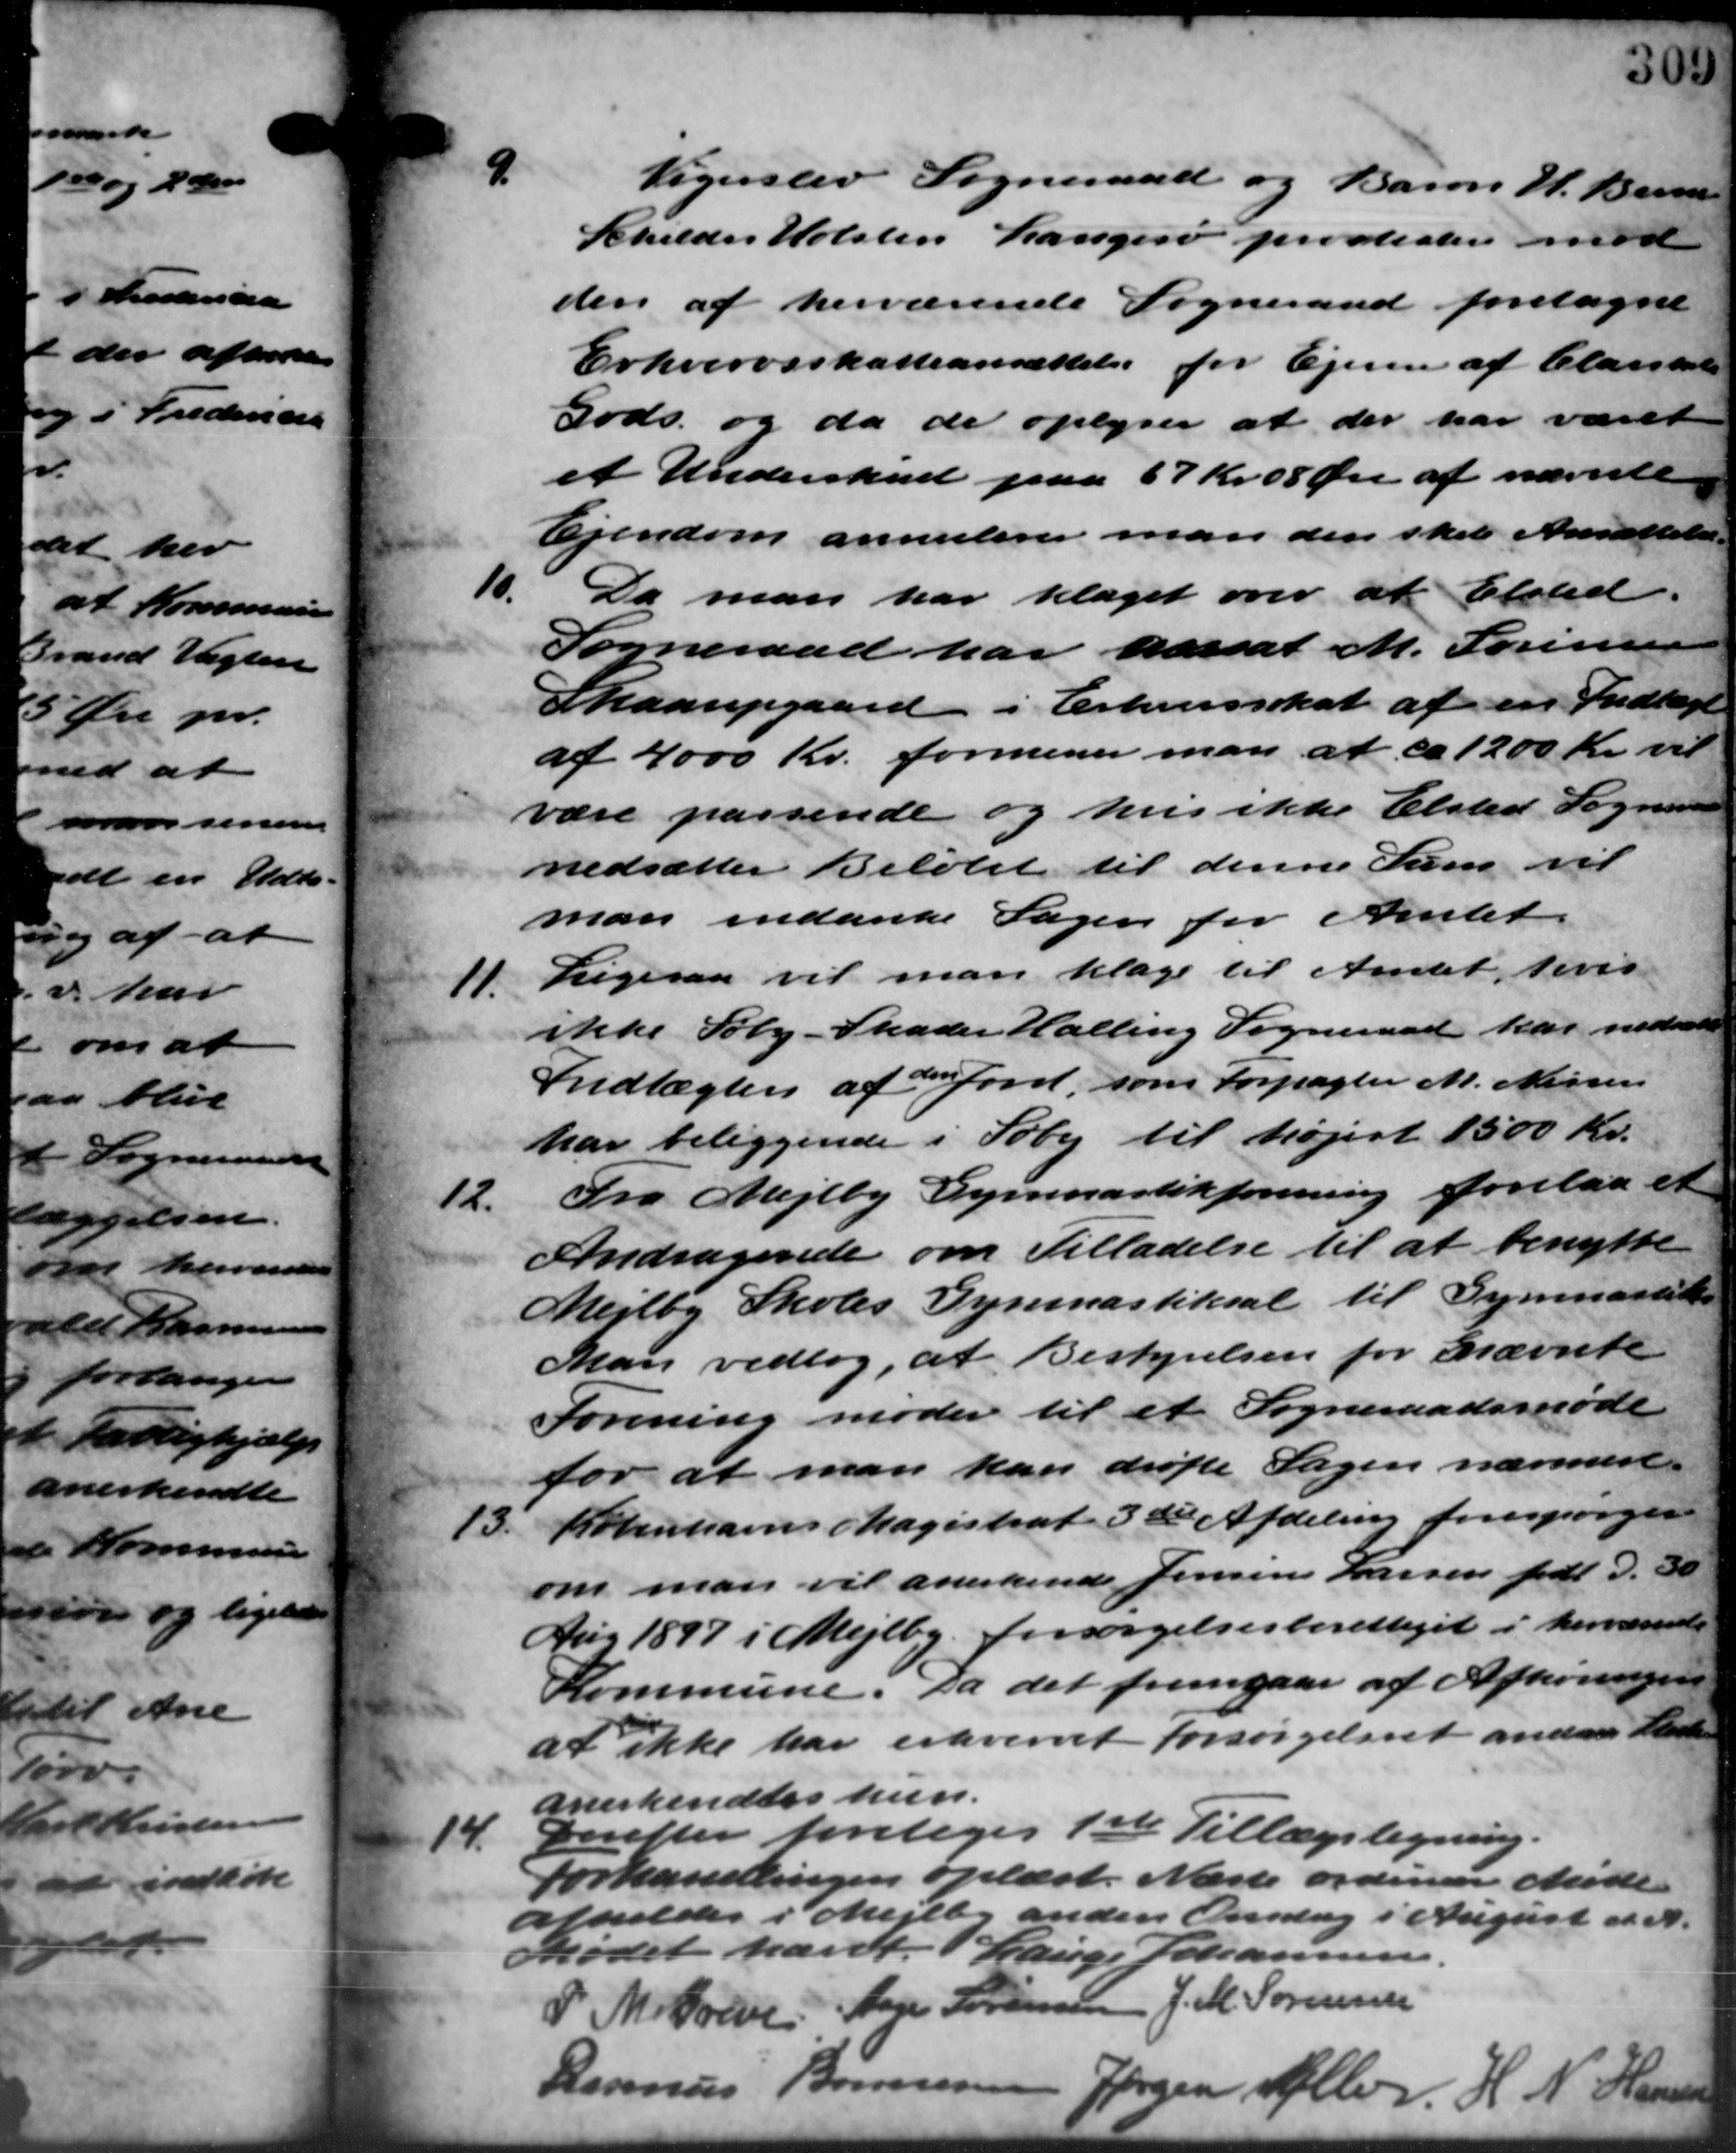
Transskription:
9.
Vigerslev Sogneraad og Baron H. Berne
Schilder Holsten Langesø provteatere mod
den af herværende Sogneraad foretagne
Erhvervsskatteansættelse for Ejeren af Clarskat
Gods og da de oplyser at der har været
et Underskud paa 67 Kr. 08 Øre af nævnte
Ejendom annulerer man den skal Ansættelse.
Da man har klaget over at Elsted.
Sogneraad har havt M. Sørensen
Skaarupgaard i Erhvervsskat af en Indtægt
af 4000 Kr. formener man at ca 1200 Kr. vil
være passende og hvis ikke Elsted Sogneraad
nedsætter Beløbet til denne Sum vil
man indanke Sagen for Amtet.
11.
Ligesaa vil man klage til Amtet, hvis
ikke Søby - Skader Halling Sogneraad har nedsættes
Indtægten af Jord, som Forpagter M. Nissen
har beliggende i Søby til højest 1500 Kr.
12.
Fra Mejlby Gymnastikforening forelaa et
Andragende om Tilladelse til at benytte
Mejlby Skoles Gymnastiksal til Gymnastik
Man vedtog, at Bestyrelsen for Grævnte
Forening møder til et Sogneraadsmøde
for at man kan drøfte Sagen nærmere.
13.
Københavns Magistrat 3de Afdeling forespørger
om man vil anerkende Jensen Larsen født d. 30
Aug 1897 i Mejlby forsørgelsesberettiget i herværende
Kommune. Da det fremgaar af Afhøringen
at ikke har erhvervet forsørgelseet anden Pante
anerkendtes hun
14.
Derefter foretages 1ste Tillægsligning
Forhandlingen oplæst. Næste ordinære Møde
afholdes i Mejlby anden Onsdag i August d. A.
Mødet hævet. Lauge Johannesen.
P. M. Søren Han Sørensen J. M. Sørensen
Rasmus Bonnesen Jørgen Alle H. N. Hansen
10.